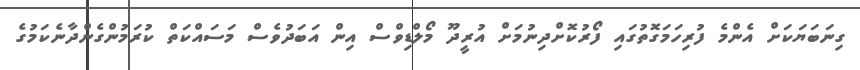
ގިނަބަޔަކަށް އެންމެ ފުރިހަމަގޮތުގައި ފޯރުކޮށްދިނުމަށް އުރީދޫ މޯލްޑިވްސް އިން އަބަދުވެސް މަސައްކަތް ކުރަމުންގެންދާނެކަމުގެ